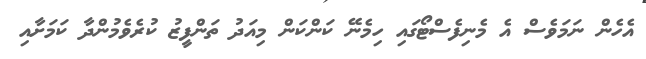
އެހެން ނަމަވެސް އެ މެނިފެސްޓޯގައި ހިމެނޭ ކަންކަން މިއަދު ތަންފީޒު ކުރެވެމުންދާ ކަމަށާއި